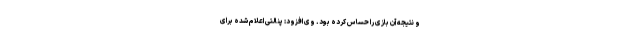
و نتیجه آن بازی را حساس کرده بود. وی افزود: پنالتی اعلام شده برای